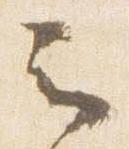
云